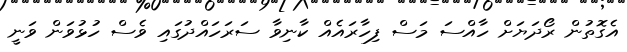
އެގޮތުން ރޯދަޔަށް ހާއްސަ މަސް ފިހާރައެއް ކާނިވާ ސަރަހައްދުގައި ވެސް ހުޅުވަން ވަނީ